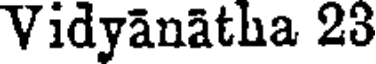
Vidyanatha 23